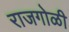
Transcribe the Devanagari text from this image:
राजगोळी